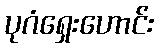
ပုဂံရှေးဟောင်း